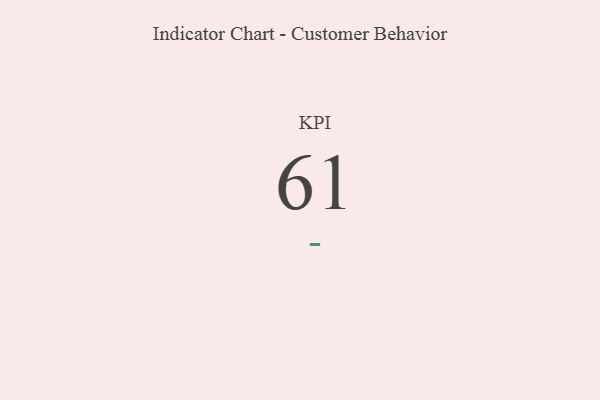
{"axis": {"x": "KPI", "y": "Value"}, "legend": [""], "data": [{"x": "KPI", "y": 61, "type": ""}]}